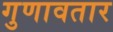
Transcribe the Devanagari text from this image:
गुणावतार